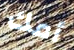
أمك